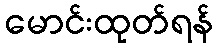
မောင်းထုတ်ရန်